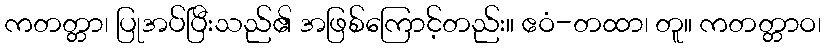
ကတတ္တာ၊ ပြုအပ်ပြီးသည်၏ အဖြစ်ကြောင့်တည်း။ ဧဝံ-တထာ၊ တူ။ ကတတ္တာဝ၊